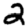
Digit: 2